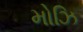
મોઝિ